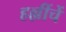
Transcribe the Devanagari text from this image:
हल्लींचें